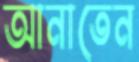
আনাতেন